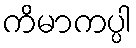
ကိမာကပ္ပါ